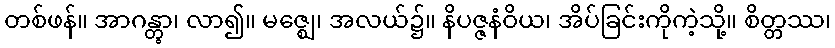
တစ်ဖန်။ အာဂန္တွာ၊ လာ၍။ မဇ္ဈေ၊ အလယ်၌။ နိပဇ္ဇနံဝိယ၊ အိပ်ခြင်းကိုကဲ့သို့။ စိတ္တဿ၊